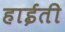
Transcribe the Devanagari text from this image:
हाईती